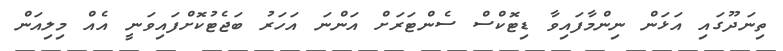
ތިނަދޫގައި އަޅަން ނިންމާފައިވާ ޑިޓޮކްސް ސެންޓަރަށް އަންނަ އަހަރު ބަޖެޓުކޮށްފައިވަނީ އެއް މިލިއަން